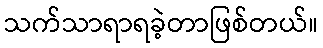
သက်သာရာရခဲ့တာဖြစ်တယ်။